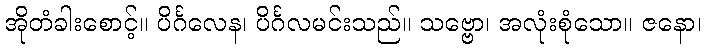
အိုတံခါးစောင့်။ ပိင်္ဂလေန၊ ပိင်္ဂလမင်းသည်။ သဗ္ဗော၊ အလုံးစုံသော။ ဇနော၊